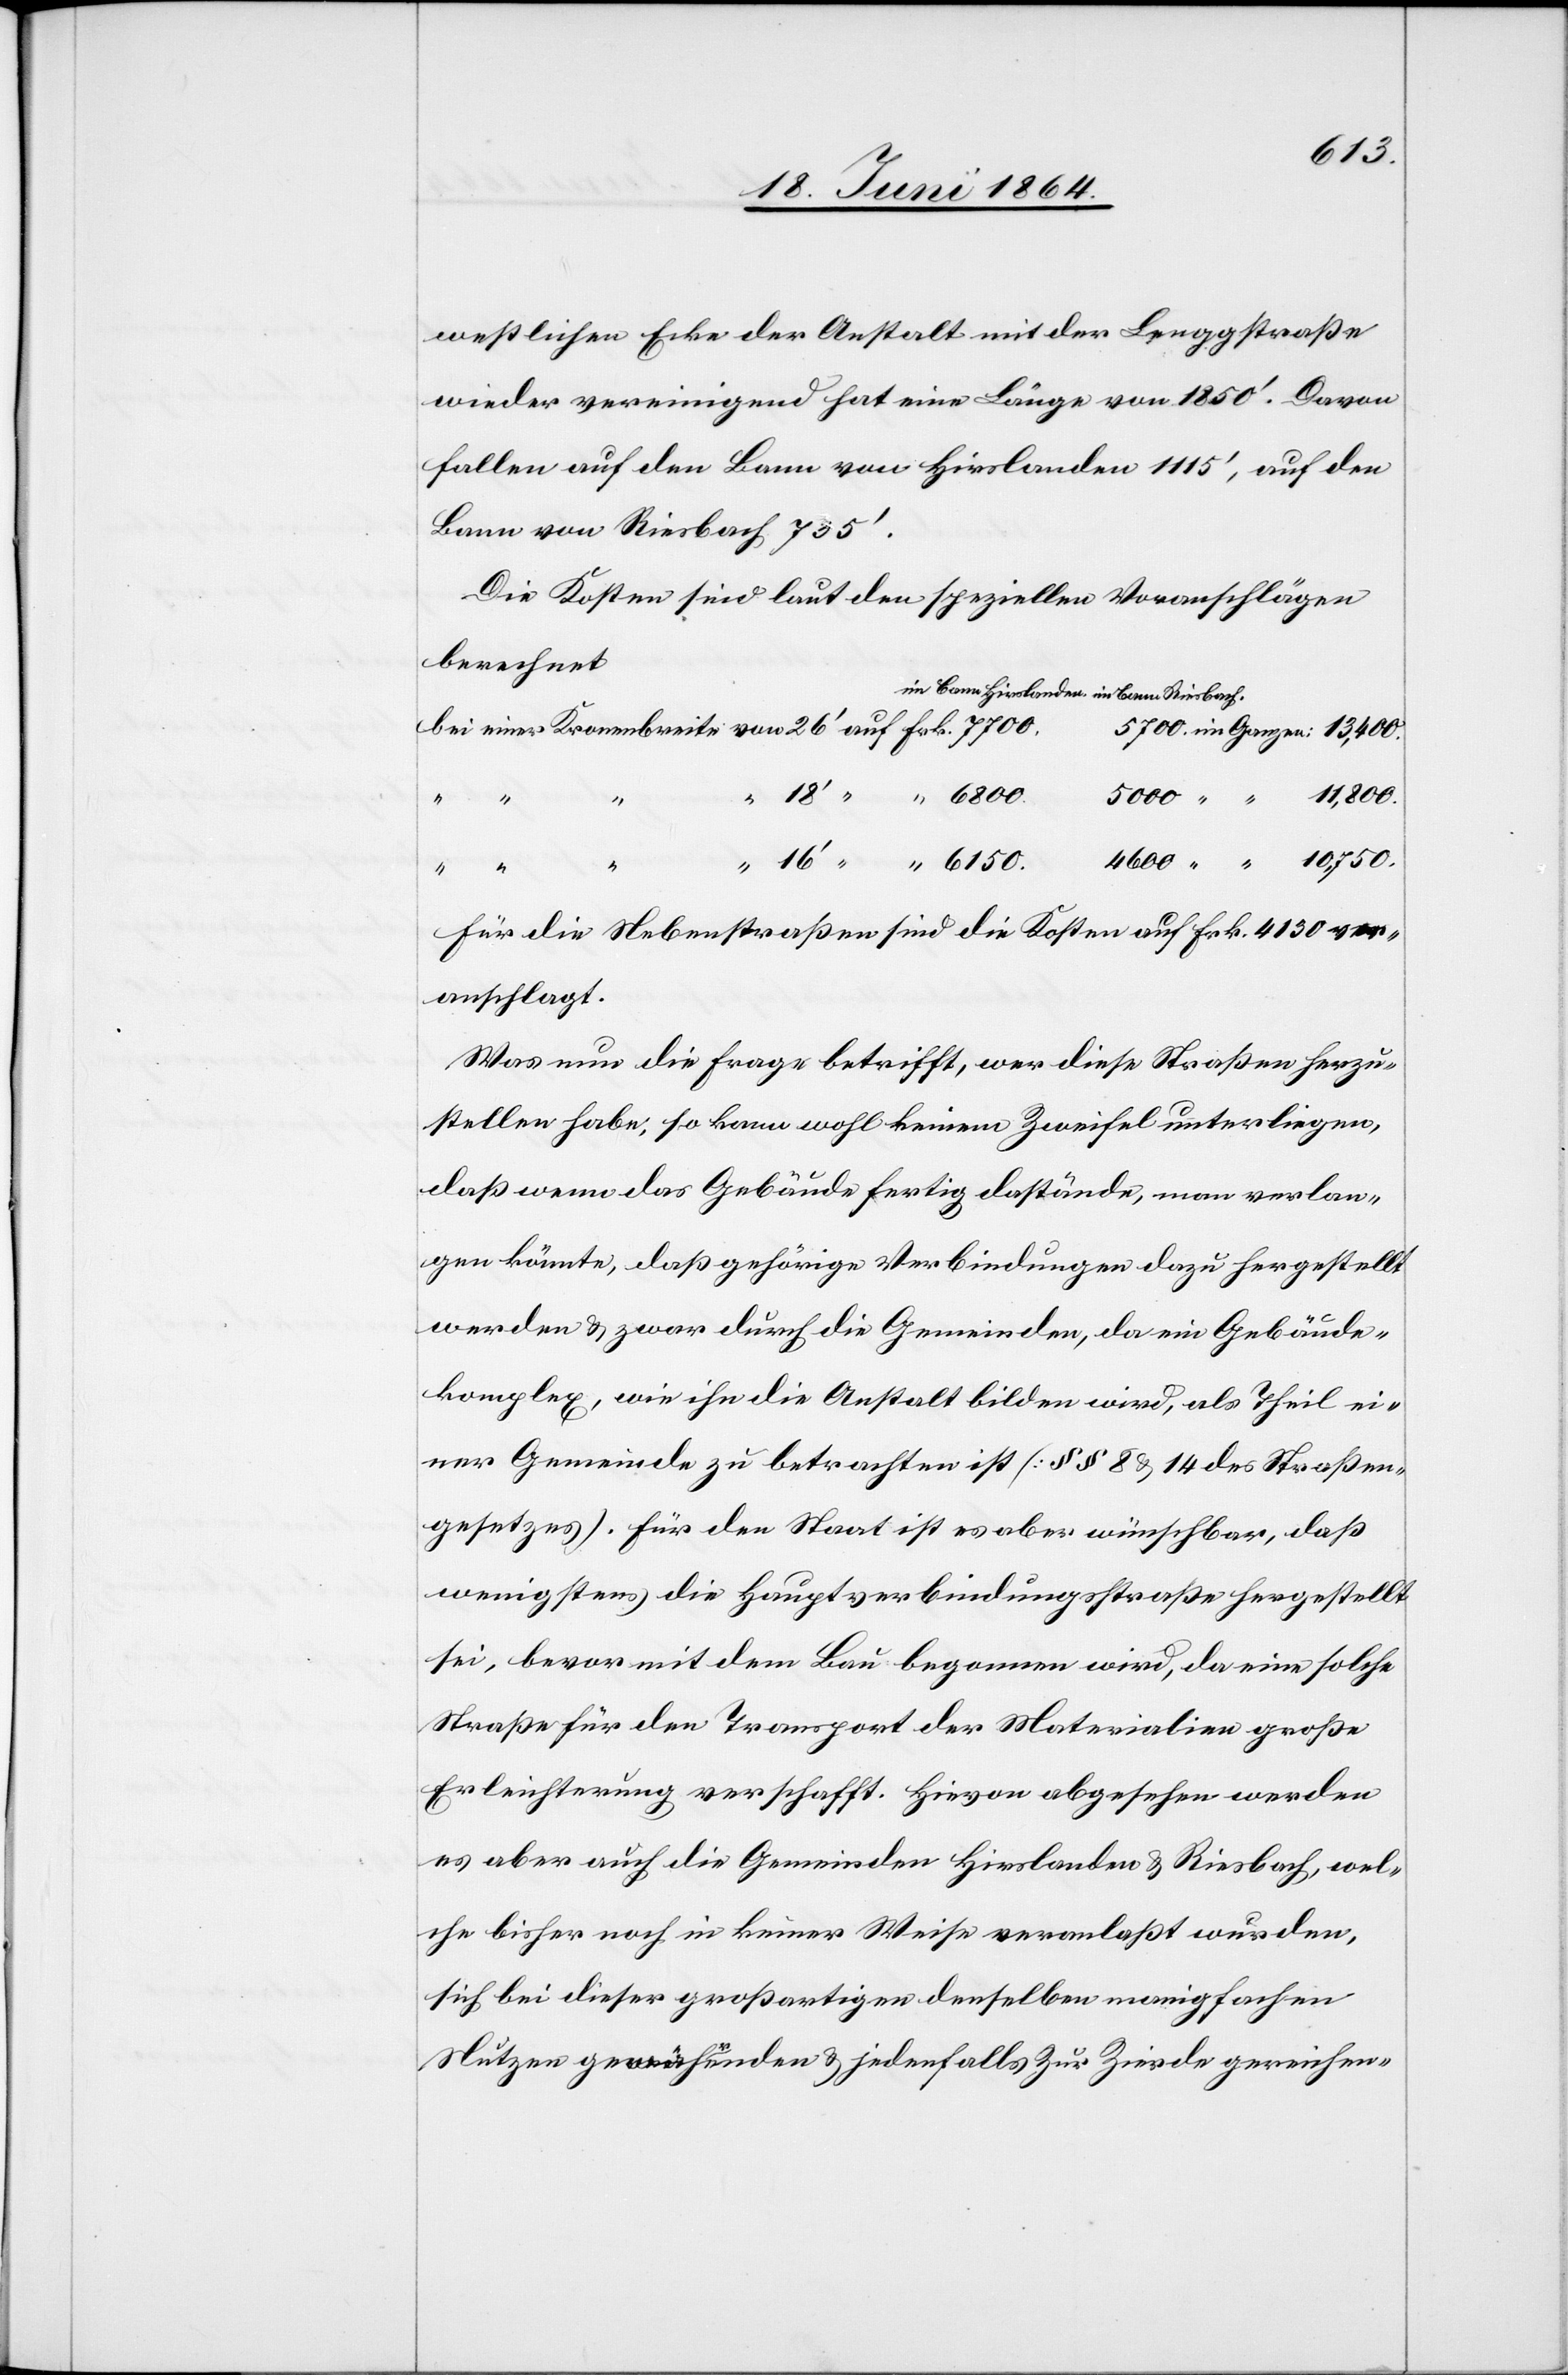
10,750.
westlichen Ecke der Anstalt mit der Lenggstraße
wieder vereinigend hat eine Länge von 1850’. Davon
fallen auf den Bann von Hirslanden 1115’, auf den
Bann von Riesbach 735’.
Die Kosten sind laut den speziellen Voranschlägen
berechnet
Für die Nebenstraßen sind die Kosten auf Frk. 4130 ver¬
anschlagt.
Was nun die Frage betrifft, wer diese Straßen herzu¬
stellen habe, so kann wohl keinem Zweifel unterliegen,
daß wenn das Gebäude fertig dastände, man verlan¬
gen könnte, daß gehörige Verbindungen dazu hergestellt
werden u. zwar durch die Gemeinden, da ein Gebäude¬
komplex, wie ihn die Anstalt bilden wird, als Theil ei¬
ner Gemeinde zu betrachten ist [§§ 8 u. 14 des Straßen¬
gesetzes]. Für den Staat ist es aber wünschbar, daß
wenigstens die Hauptverbindungsstraße hergestellt
sei, bevor mit dem Bau begonnen wird, da eine solche
Straße für den Transport der Materialien große
Erleichterung verschafft. Hievon abgesehen werden
es aber auch die Gemeinden Hirslanden u. Riesbach, wel¬
che bisher noch in keiner Weise veranlaßt wurden,
sich bei dieser großartigen denselben manigfachen
Nutzen gewährenden u. jedenfalls zur Zierde gereichen-